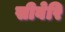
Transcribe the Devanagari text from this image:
सीबेरि